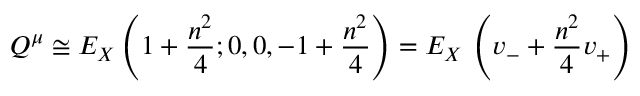
Q ^ { \mu } \cong E _ { X } \left( 1 + \frac { n ^ { 2 } } { 4 } ; 0 , 0 , - 1 + \frac { n ^ { 2 } } { 4 } \right) = E _ { X } \, \left( v _ { - } + \frac { n ^ { 2 } } { 4 } v _ { + } \right)